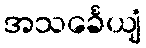
အသင်္ခေယျံ